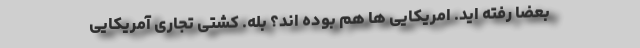
بعضاً رفته اید. امریکایی ها هم بوده اند؟ بله. کشتی تجاری آمریکایی